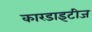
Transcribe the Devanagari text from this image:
कारडाइटीज